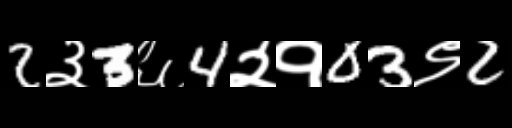
Text: 2३3६4२१03९2